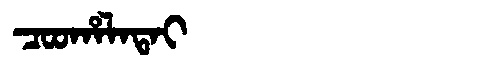
Manchu: ᠴᠣᠣᡥᠠᠯᠠᡨᠠᡳ
Romanization: COOHALATAI